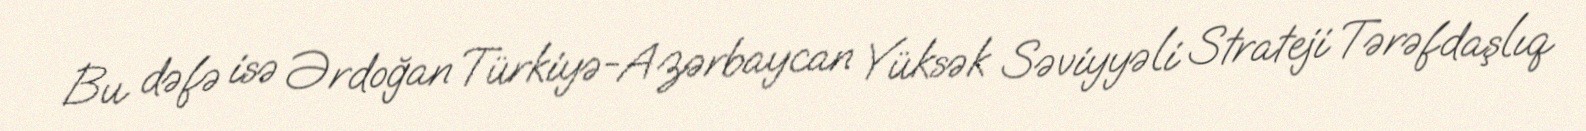
Bu dəfə isə Ərdoğan Türkiyə-Azərbaycan Yüksək Səviyyəli Strateji Tərəfdaşlıq